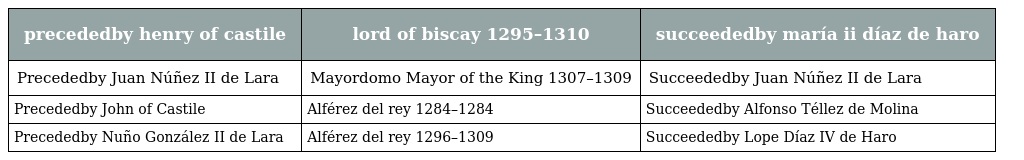
| precededby henry of castile | lord of biscay 1295–1310 | succeededby maría ii díaz de haro |
 | --- | --- | --- |
 | Precededby Juan Núñez II de Lara | Mayordomo Mayor of the King 1307–1309 | Succeededby Juan Núñez II de Lara |
 | Precededby John of Castile | Alférez del rey 1284–1284 | Succeededby Alfonso Téllez de Molina |
 | Precededby Nuño González II de Lara | Alférez del rey 1296–1309 | Succeededby Lope Díaz IV de Haro |